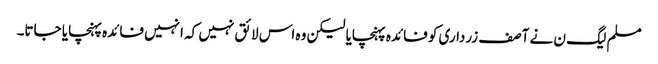
مسلم لیگ ن نے آصف زرداری کو فائدہ پہنچایا لیکن وہ اس لائق نہیں کہ انہیں فائدہ پہنچایا جاتا۔